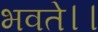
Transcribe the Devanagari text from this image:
भवते।।